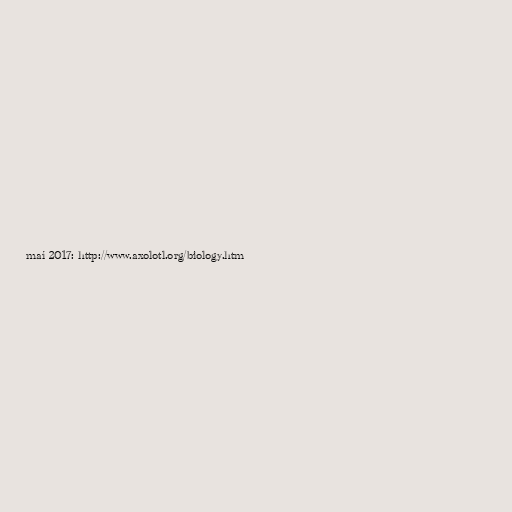
maí 2017: http://www.axolotl.org/biology.htm